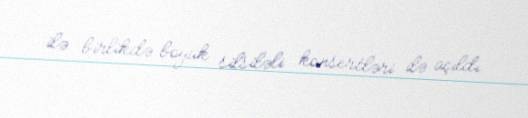
ilə birlikdə böyük silsiləli konsertləri ilə açıldı.